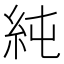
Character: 純